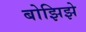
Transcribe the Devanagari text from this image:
बोझिझे